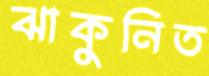
ঝাকুনিত